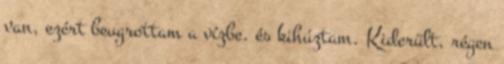
van, ezért beugrottam a vízbe, és kihúztam. Kiderült, régen